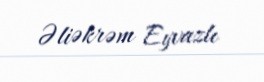
Əliəkrəm Eyvazlı